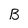
Character: B